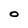
Character: 0